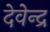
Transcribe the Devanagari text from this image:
देवेेन्द्र